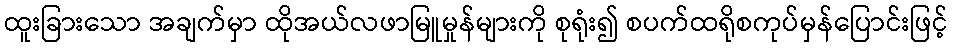
ထူးခြားသော အချက်မှာ ထိုအယ်လဖာမြူမှုန်များကို စုရုံး၍ စပက်ထရိုစကုပ်မှန်ပြောင်းဖြင့်